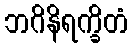
ဘဂိနိရက္ခိတံ